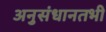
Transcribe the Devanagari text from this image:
अनुसंधानतभी